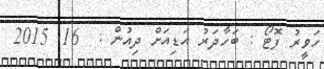
ހަވީރު ފޮޓޯ : ބަހާދަރު އަޑިއަށް ދިއުން :  16